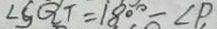
\angle S Q T = 1 8 0 ^ { \circ } - \angle P ,